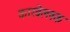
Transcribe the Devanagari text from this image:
कारवेल्लक